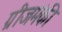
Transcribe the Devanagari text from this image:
ग्रीजमंकी